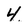
Character: 4